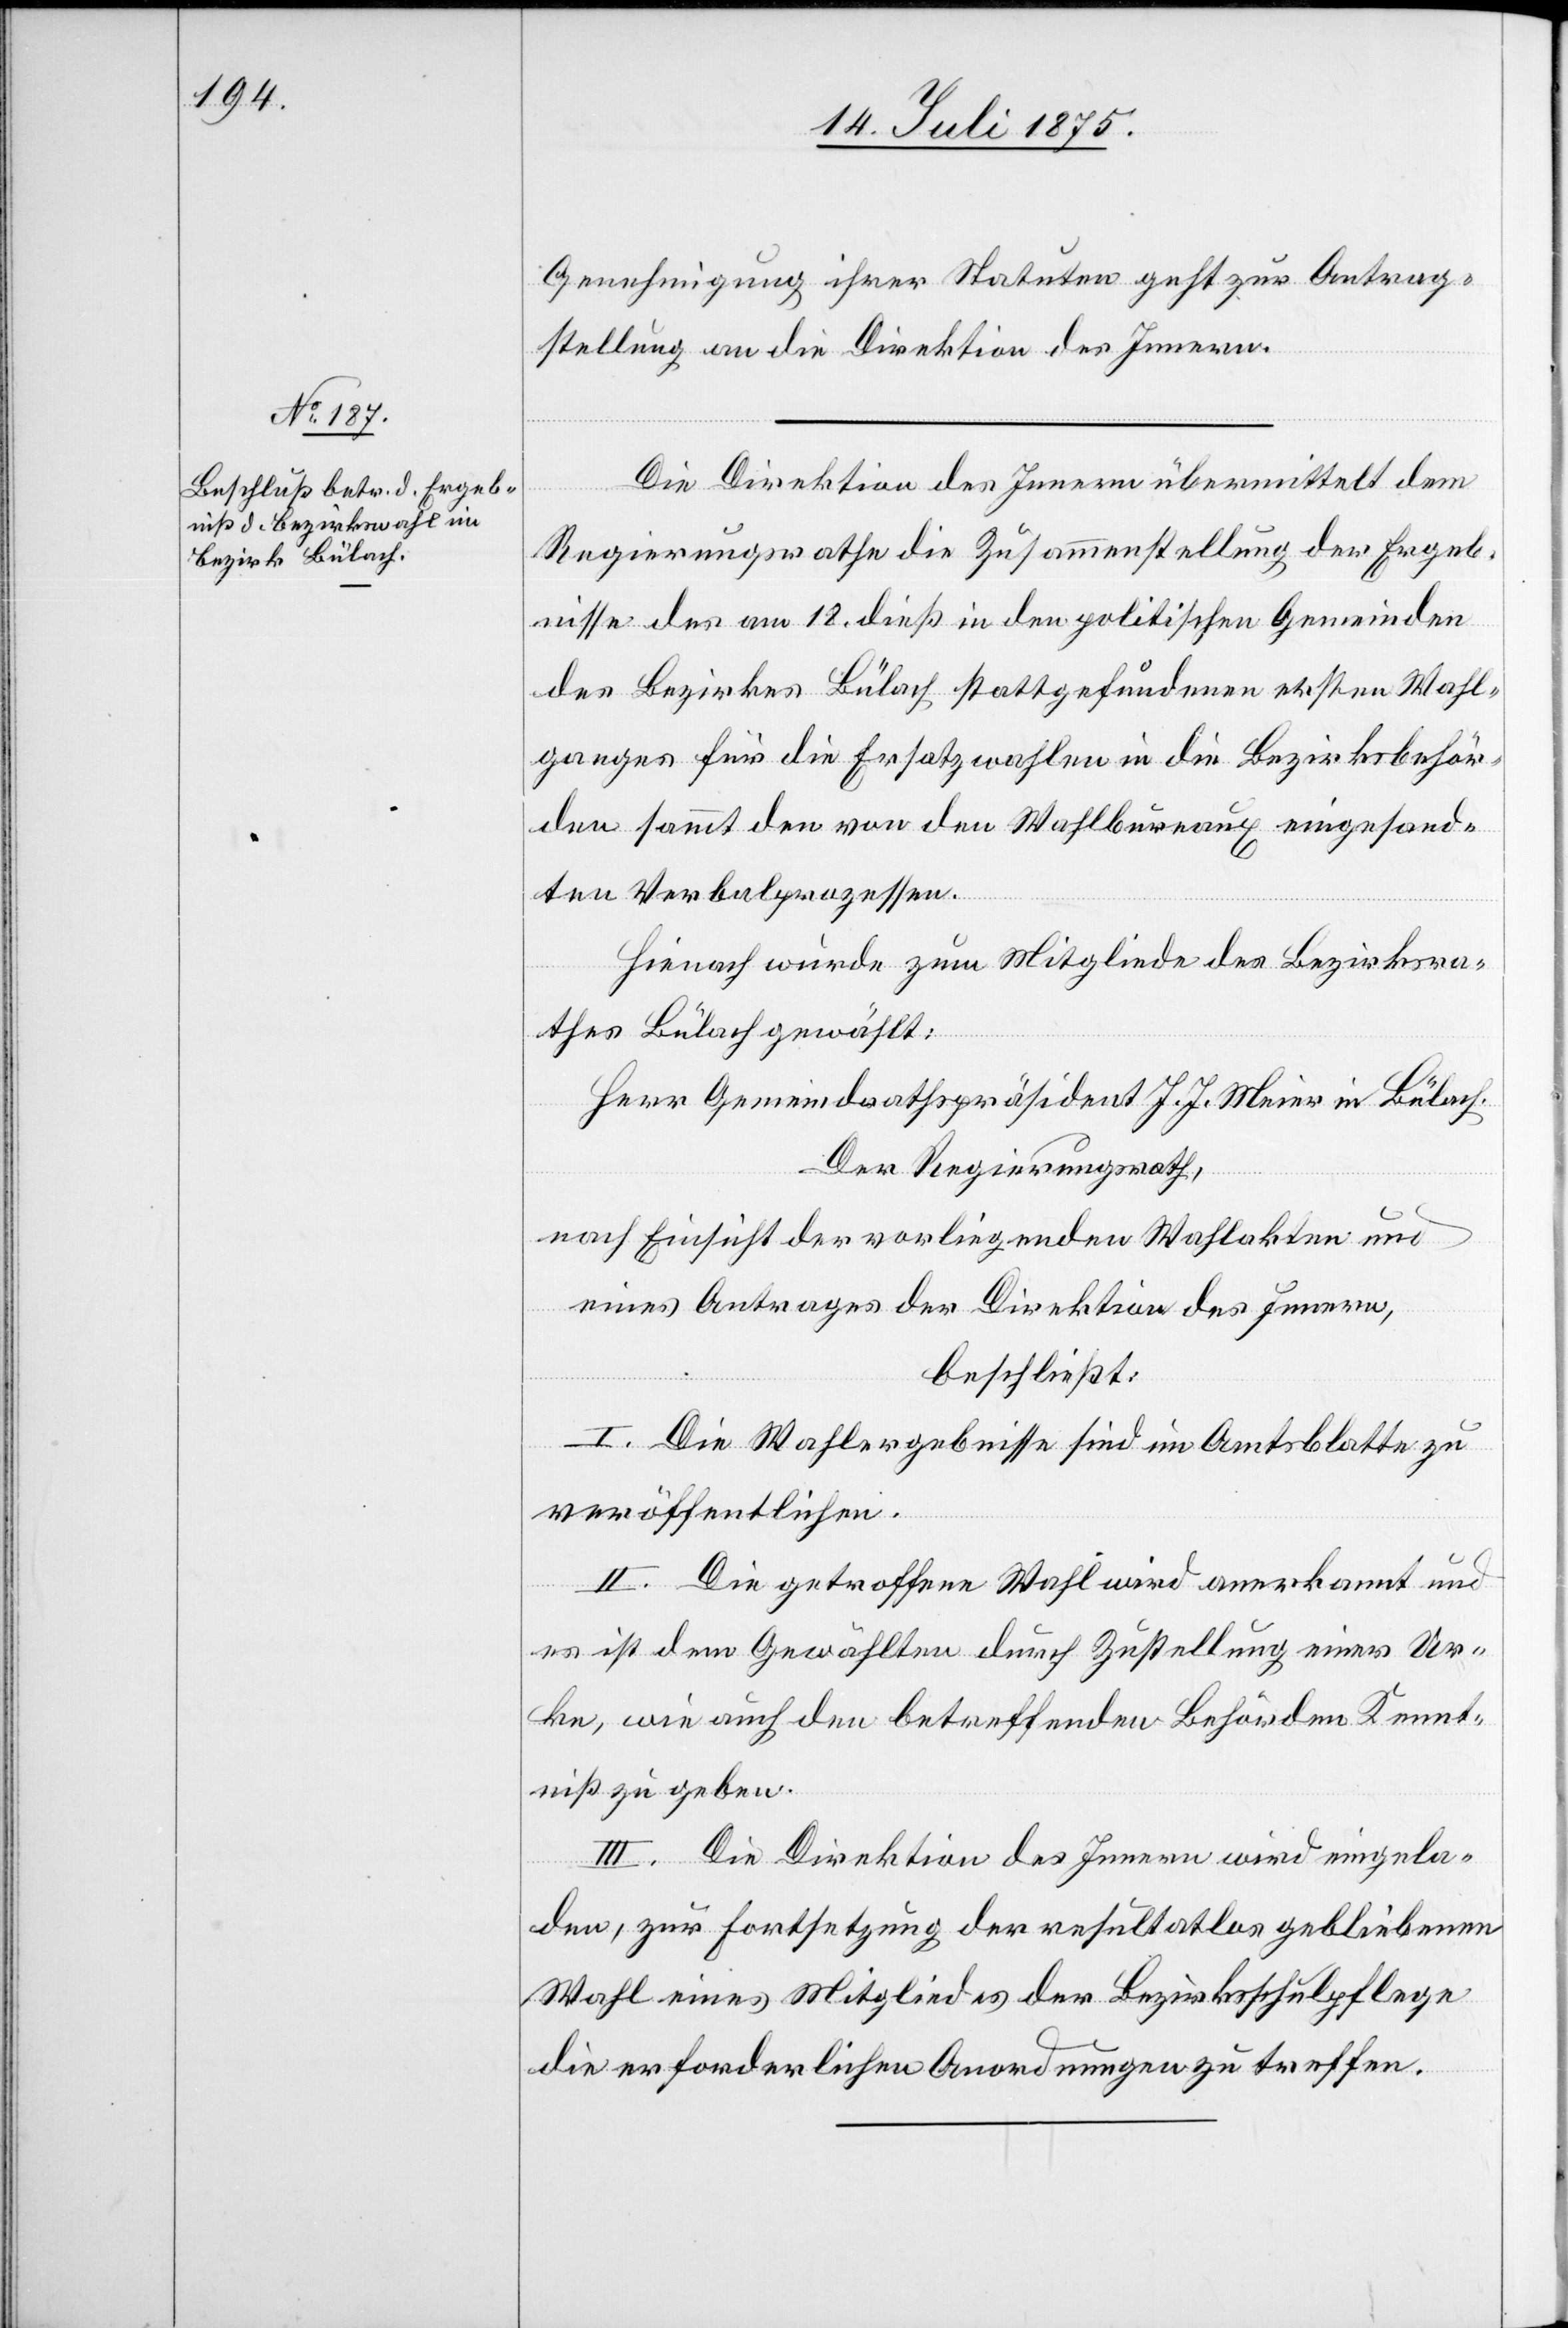
21. Juli 1875.]
Genehmigung ihrer Statuten geht zur Antrag¬
stellung an die Direktion des Innern.
Die Direktion des Innern übermittelt dem
Regierungsrathe die Zusammenstellung der Ergeb¬
nisse des am 18. dieß in den politischen Gemeinden
des Bezirkes Bülach stattgefundenen ersten Wahl¬
ganges für die Ersatzwahlen in die Bezirksbehör¬
den sammt den von den Wahlbureaux eingesand¬
ten Verbalprozessen.
Hienach wurde zum Mitgliede des Bezirksra¬
thes Bülach gewählt:
Herr Gemeindrathspräsident J. J. Meier in Bülach.
Der Regierungsrath,
nach Einsicht der vorliegenden Wahlakten und
eines Antrages der Direktion des Innern,
beschließt:
I. Die Wahlergebnisse sind im Amtsblatte zu
veröffentlichen.
II. Die getroffene Wahl wird anerkannt und
es ist dem Gewählten durch Zustellung einer Ur¬
kunde, wie auch den betreffenden Behörden Kennt¬
niß zu geben.
III. Die Direktion des Innern wird eingela¬
den, zur Fortsetzung der resultatlos gebliebenen
Wahl eines Mitgliedes der Bezirksschulpflege
die erforderlichen Anordnungen zu treffen.